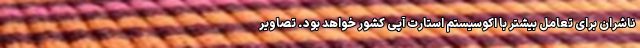
ناشران برای تعامل بیشتر با اکوسیستم استارت آپی کشور خواهد بود. تصاویر